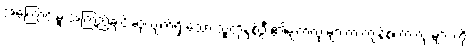
အကြောင်းမူ အကြည့်ချင်းဆုံလျက်ရှိ သော သူတို့နှစ်ဦး၏မျက်လုံးများက ကျန်စကားလုံးများ ကို